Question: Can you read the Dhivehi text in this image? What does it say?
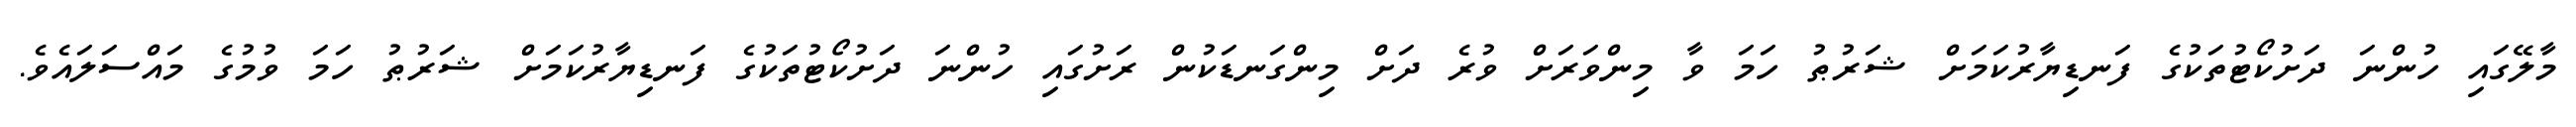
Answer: މާލޭގައި ހުންނަ ދަށުކޯޓުތަކުގެ ފަނޑިޔާރުކަމަށް ޝަރުޠު ހަމަ ވާ މިންވަރަށް ވުރެ ދަށް މިންގަނޑަކުން ރަށުގައި ހުންނަ ދަށުކޯޓުތަކުގެ ފަނޑިޔާރުކަމަށް ޝަރުޠު ހަމަ ވުމުގެ މައްސަލައެވެ.